Riigikantselei, lk 91
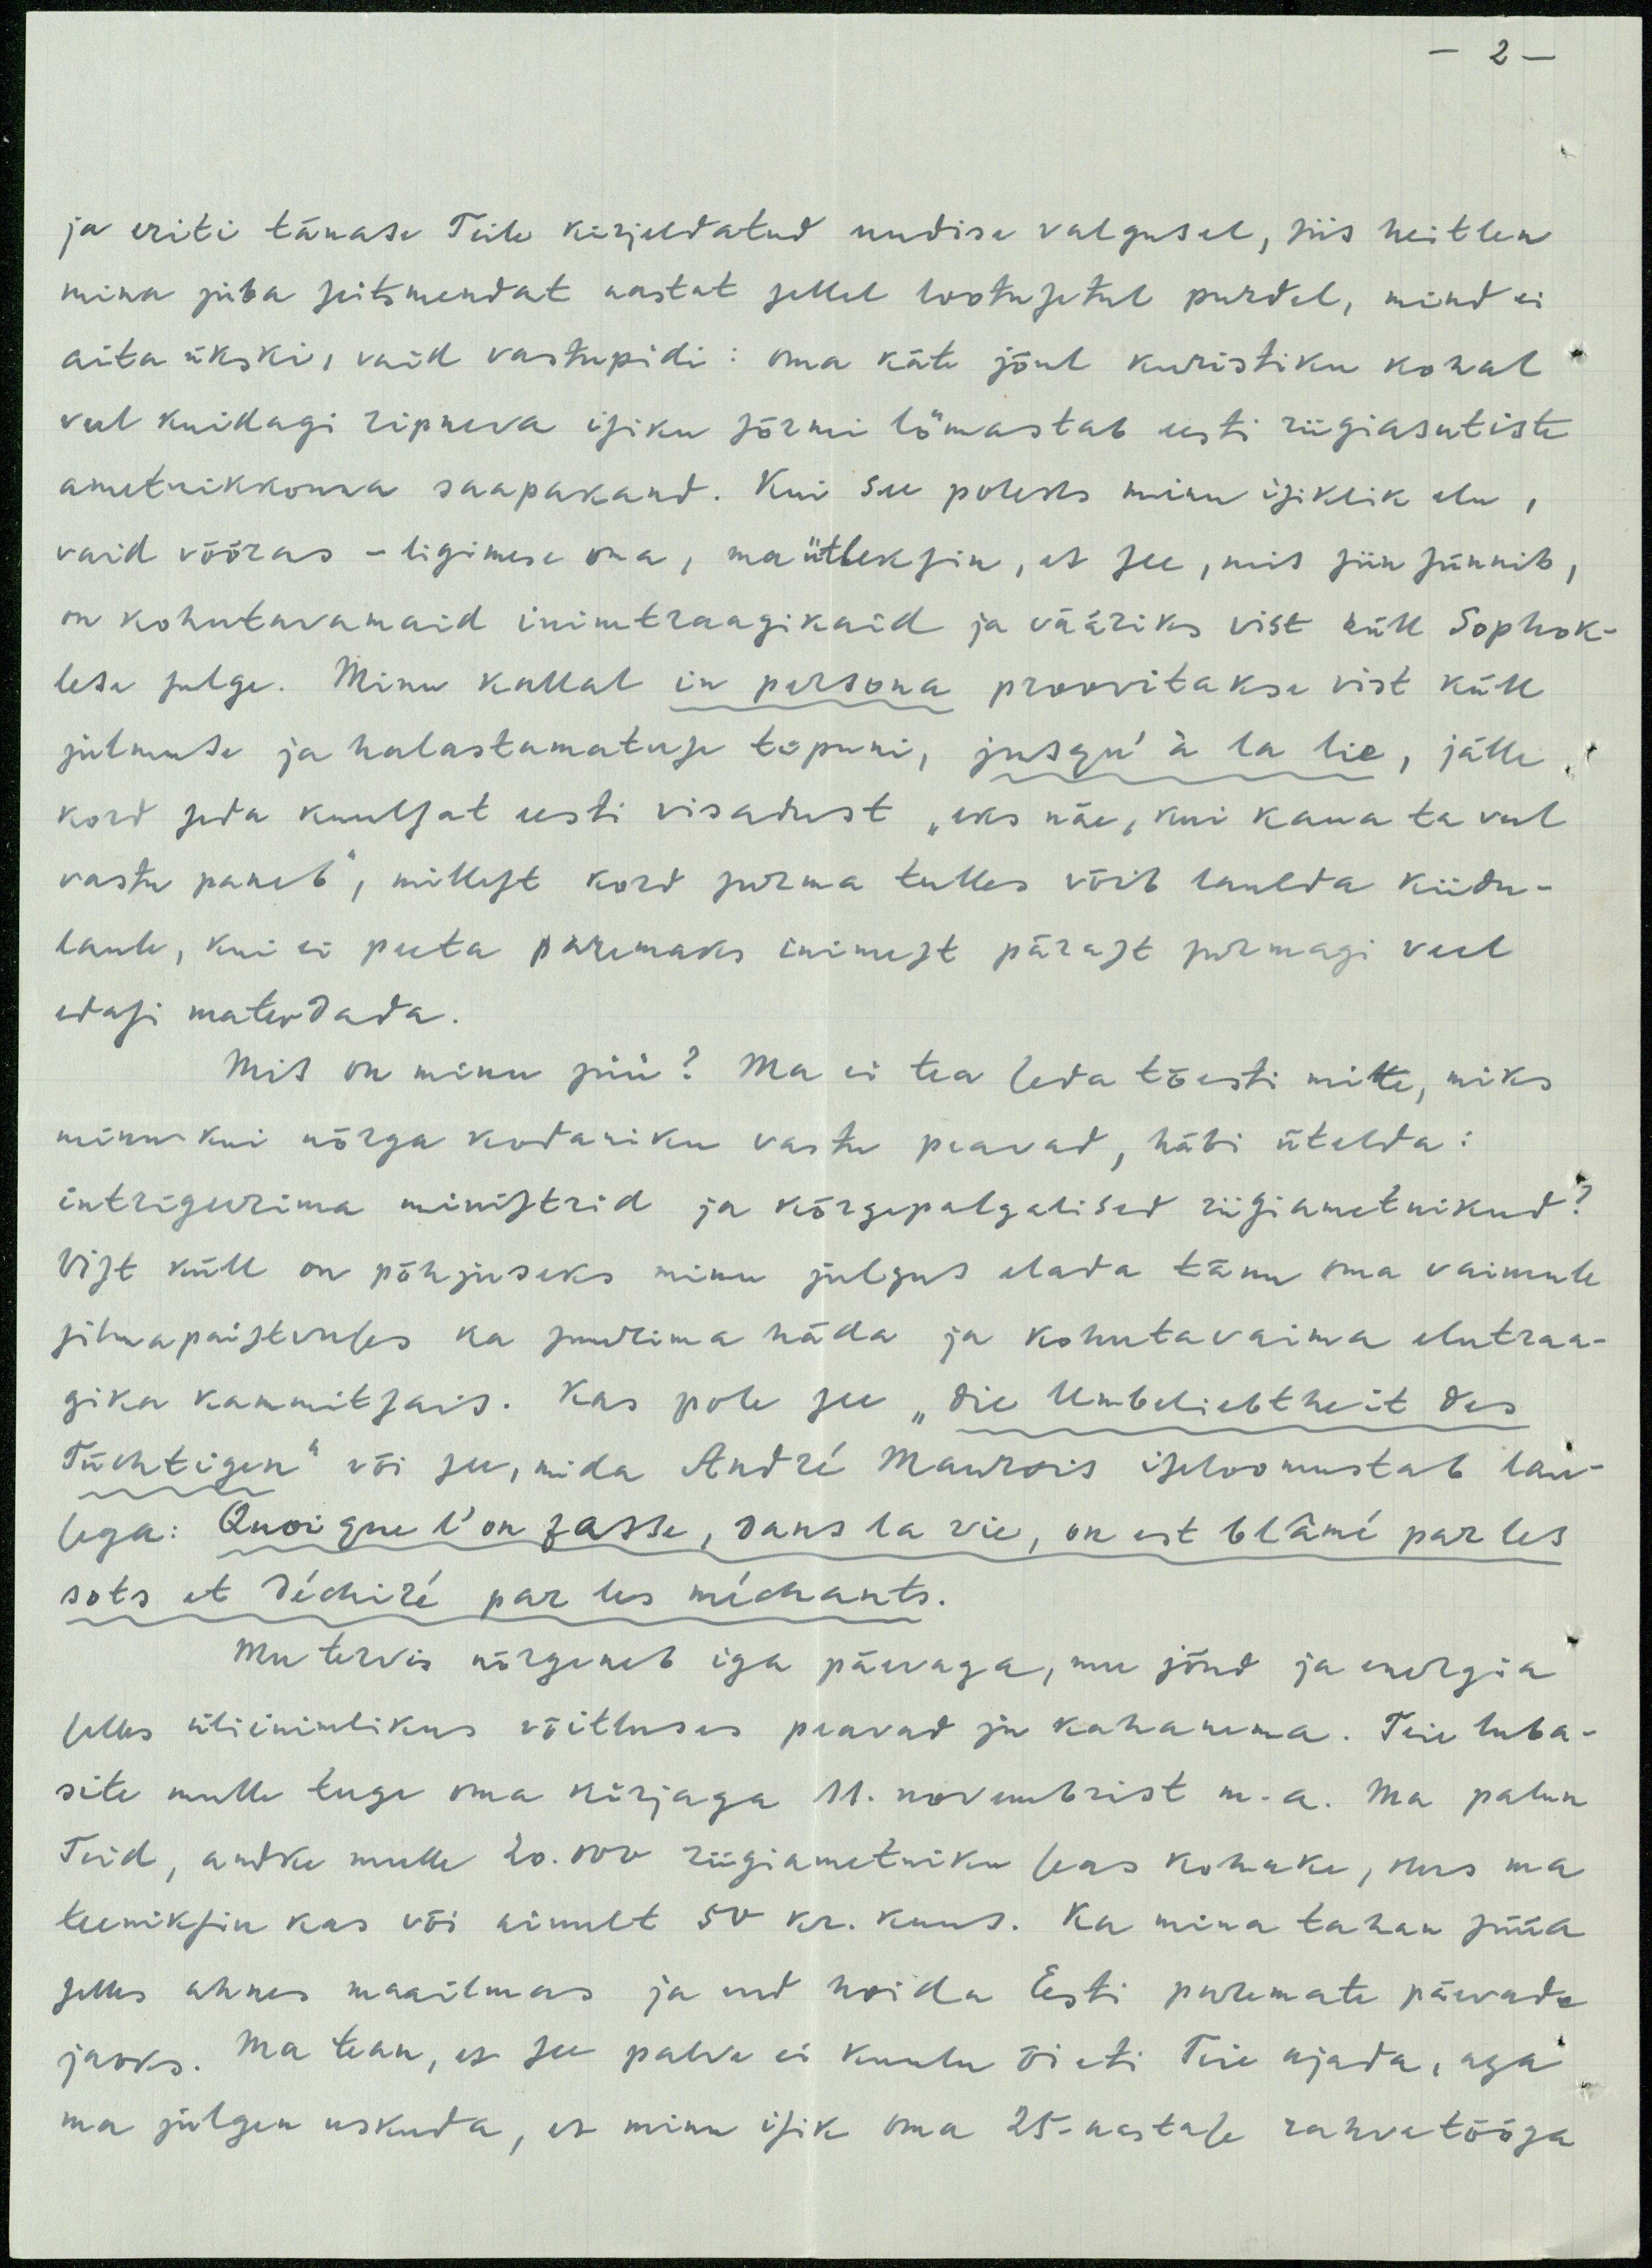
ja eriti tänase Teile kirjeldatud uudise valgusel, siis heitlen
mina juba seitsmendat aastat sellel lootusetul purdel, mind ei
aita ükski, vaid vastupidi: oma käte jõul kuristiku kohal
veel kuidagi ripneva isiku sõrmi lõmastab eesti riigiasutiste
ametnikkonna saapakand. Kui see poleks minu isiklik elu,
vaid võõras - ligimese oma, ma ütleksin, et see, mis siin sünnib,
on kohutavamaid inimtraagikaid ja vääriks vist küll Sophok-
lesa sulge. Minu kallal in persona proovitakse vist küll
julmuse ja halastamatuse topuni, jusqu'à la lie, jälle,
kord juba kuulsat eesti visadust "eks näe, kui kaua ta veel
vastu paneb", millest kord surma tulles võib laulda kiidu-
laul, kui ei peeta paremaks inimest pärast surmagi veel
edasi materdada.
Mis on minu süü? Ma ei tea teda tõesti mitte, miks
minu kui nõrga kodaniku vastu peavad, häbi ütelda.
intrigeerima ministrid ja kõrgepalgalised riigiametnikud?
Vist küll on põhjuseks minu julgus elada tänu oma vaimule
silmapaistvuses ka suurima häda ja kohutavaima elutraa-
gika kammitsais. Kas pole see "Die Umbeliebtheit des
Tüchtigen" või see, mida André Maurois iseloomustab lau-
sega: Quoi que l'on lasse, sans la vie, on est blamé par les
sots et déchiré par les méchants.
Mu tervis nõrgeneb iga päevaga, mu jõud ja energia
selleks üliinimlikus võitluses peavad ja kahanema. Teie luba-
site mulle tuge oma kirjaga 11. novembrist m. a. Ma palun
Teid, andku mulle 20.000 riigiametniku seas kohake, kus ma
teeniksin kas või ainult 50 kr. kuus. Ka mina tahan süüa
selles ahnes maailmas ja end hoida Eesti paremate päevata
jaoks. Ma tean, et see palve ei kuulu õieti Teie ajada, aga
ma julgen uskuda, et minu isik oma 25-aastase rahvatööga